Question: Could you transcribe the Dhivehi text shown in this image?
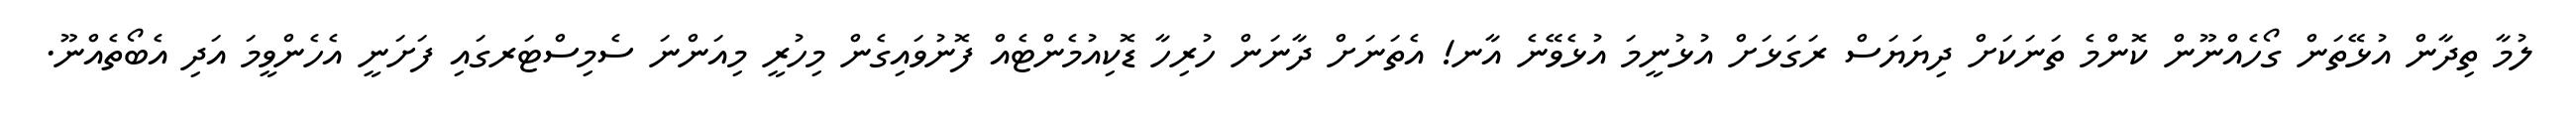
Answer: ލުމާ ތިދާން އުޅޭތަން ގޯހެއްނޫން ކޮންމެ ތަނަކަށް ދިޔަޔަސް ރަގަޅަށް އުޅުނީމަ އުޅެވޭނެ އާނ! އެތަނަށް ދާނަން ހުރިހާ ޑޮކިއުމެންޓެއް ފޮނުވައިގެން މިހުރީ މިއަންނަ ސެމިސްޓަރގައި ފަށަނީ އެހެންވީމަ އަދި އެބޯތެއްނޫ.